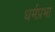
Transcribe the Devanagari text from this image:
धर्मप्रभा